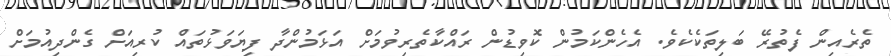
ތެރެއިން ފެތުރޭ ބަލިތަކެކެވެ. އެހެންކަމުން ކޮވިޑުން ރައްކާތެރިވުމަށް އަޅަމުންދާ ފިޔަވަޅުތައް ކުރިއަށް ގެންދިއުމަށް